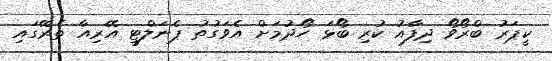
ކީޕަރު ބްރޯވޯ ދިފާއު ކުރި ބޯޅަ ހޯދުމަށް އެވަގުތު ޕެނަލްޓީ އޭރިއާ ތެރޭގައި